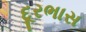
દૂરભાસ